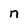
Character: n